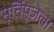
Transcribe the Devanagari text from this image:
मूर्तिपूजेला